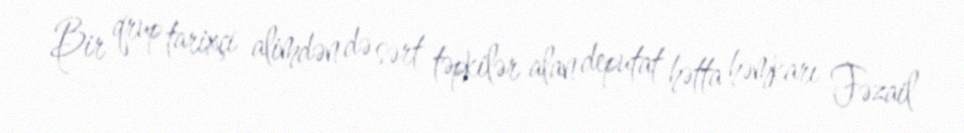
Bir qrup tarixçi alimdən də sərt təpkilər alan deputat hətta həmkarı Fəzail